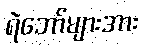
ရဲဘော်များအား